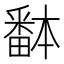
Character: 𱱀